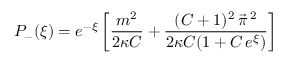
P _ { - } ( \xi ) = e ^ { - \xi } \left[ \frac { m ^ { 2 } } { 2 \kappa C } + \frac { ( C + 1 ) ^ { 2 } \, \vec { \pi } \, { } ^ { 2 } } { 2 \kappa C ( 1 + C \, e ^ { \xi } ) } \right]